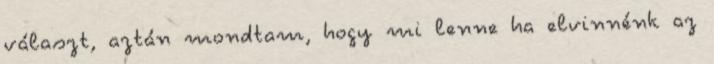
választ, aztán mondtam, hogy mi lenne ha elvinnénk az